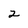
Character: 2